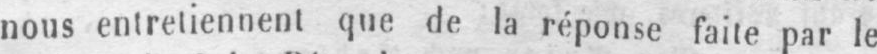
nous entretiennent que de la réponse faite par le